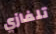
تلفازي